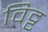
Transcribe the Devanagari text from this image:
विट्ट